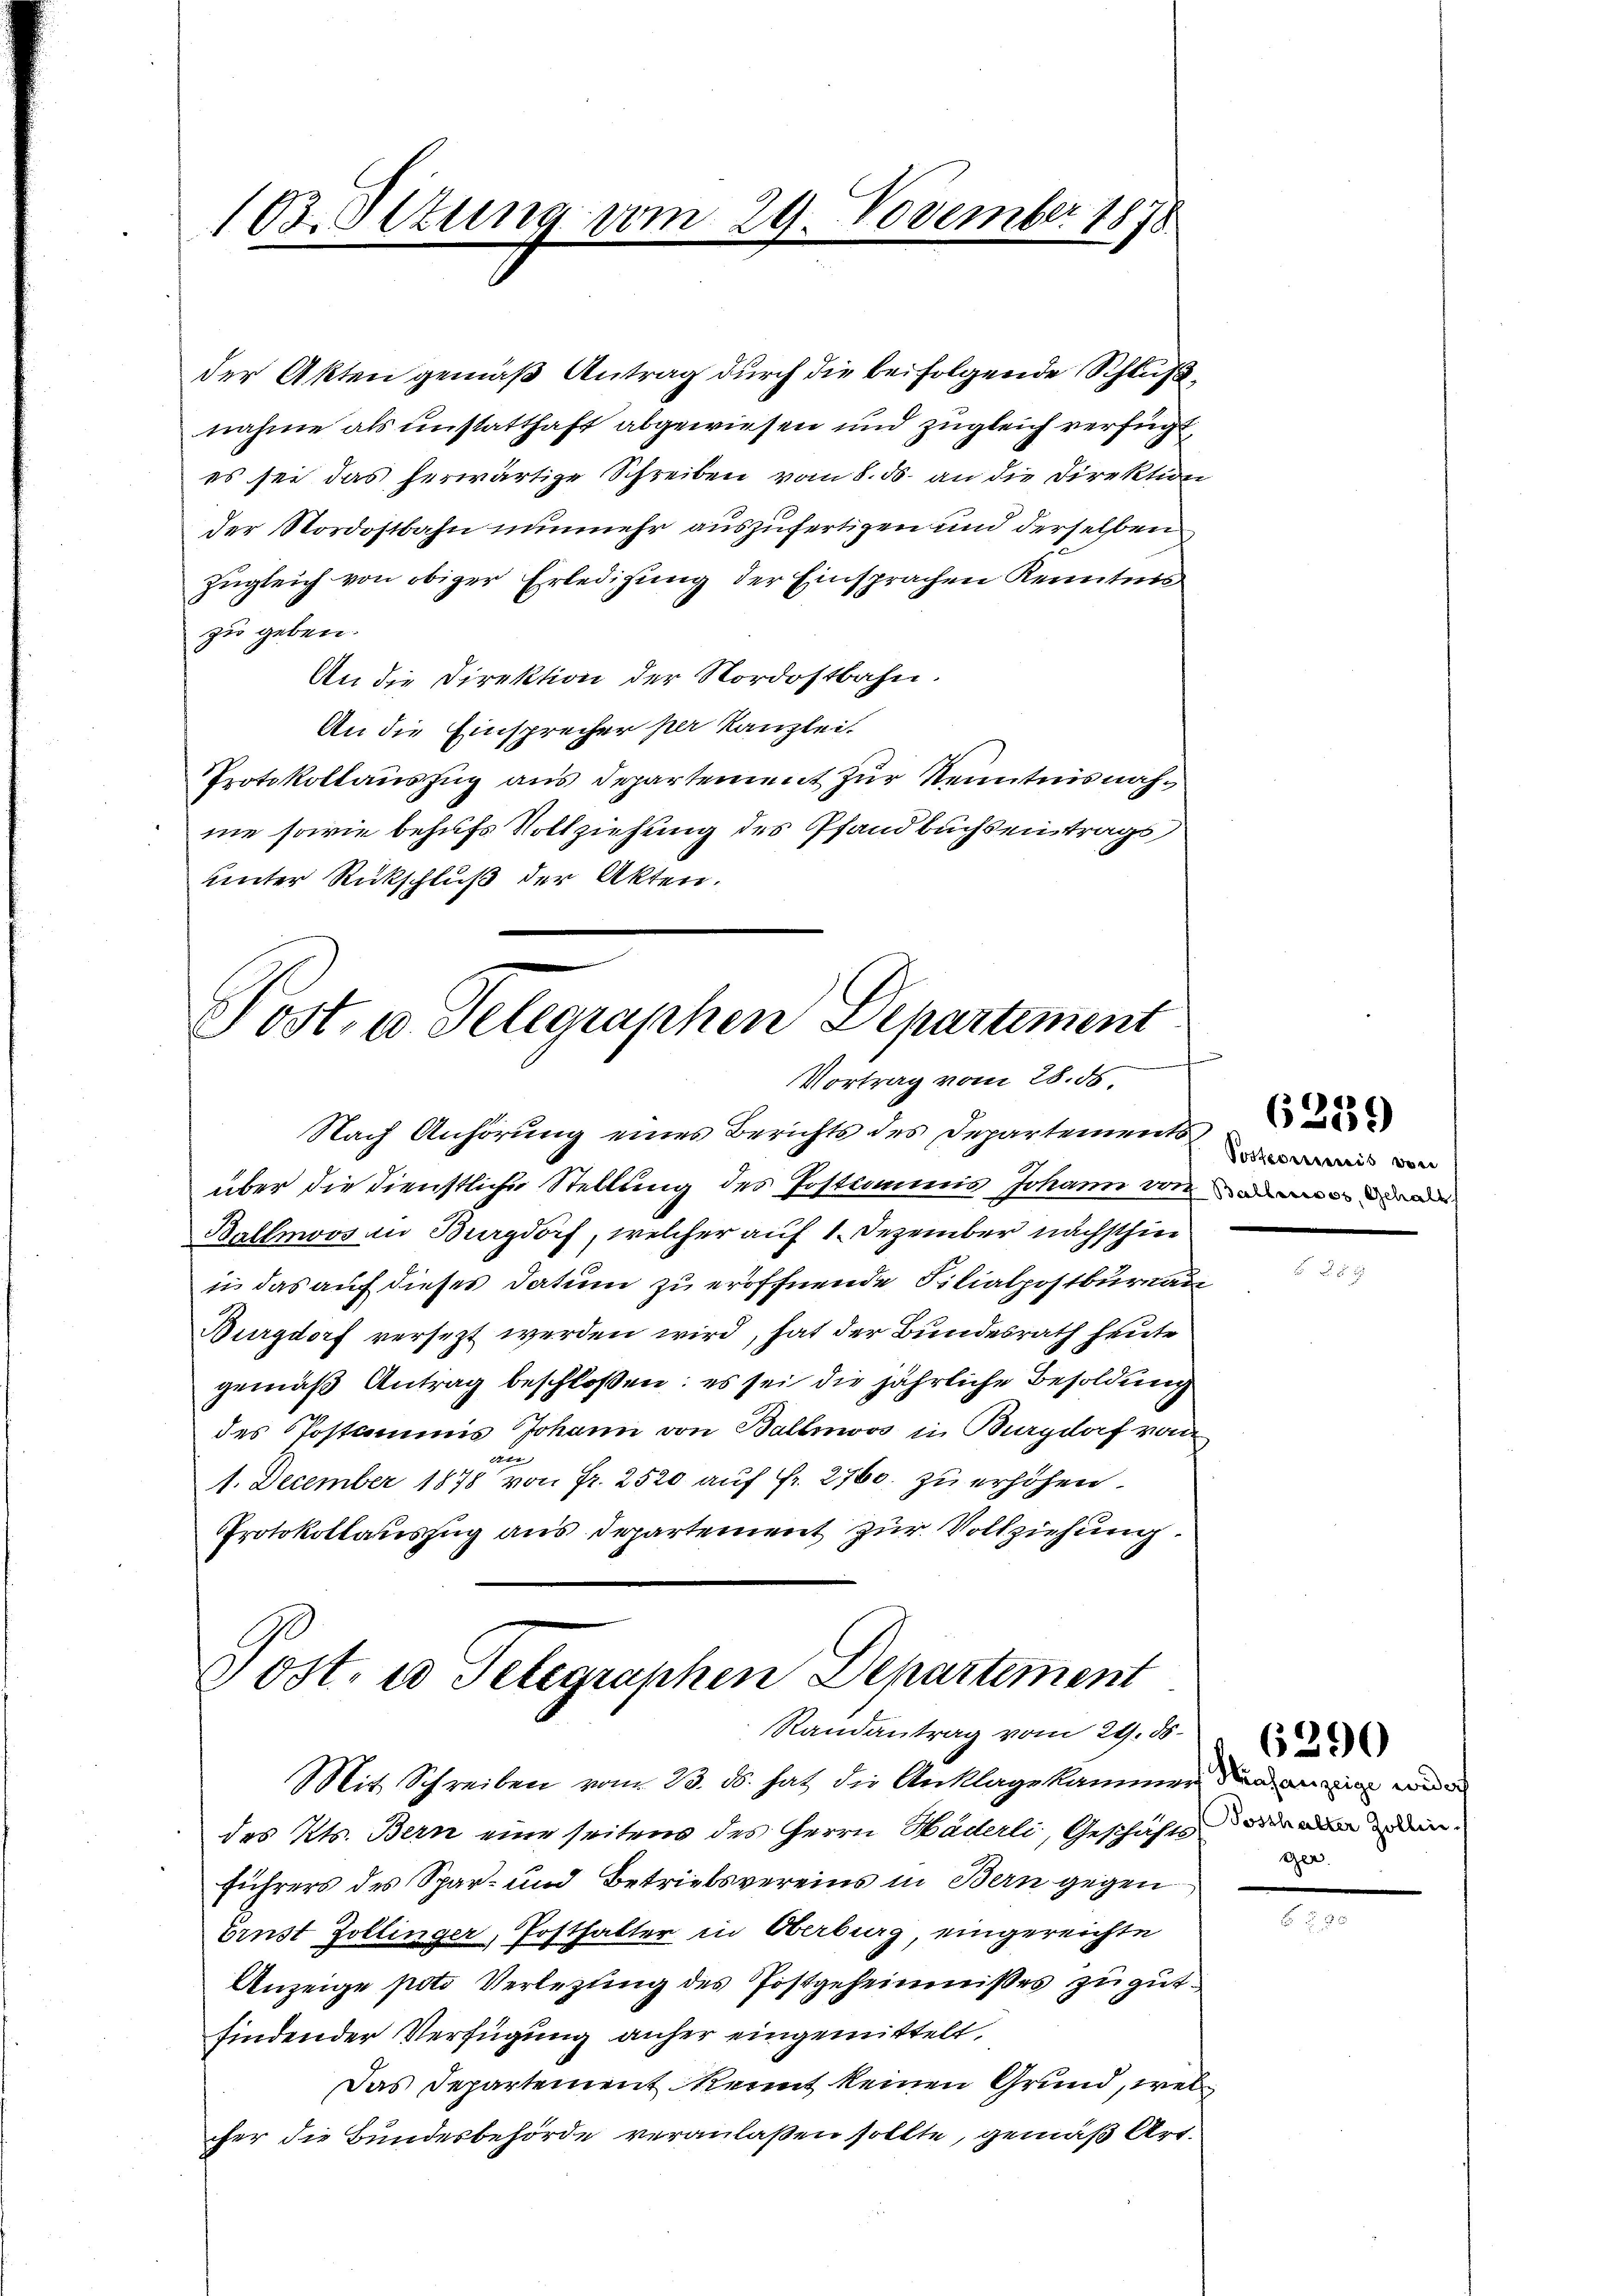
103. Ottung vom 29. November 1878

der Akten gemäß Antrag durch die beifolgende Schluß
nahme als unstatthaft abgewiesen und zugleich verfügt,
es sei das herwärtige Schreiben vom 8. ds. an die Direktion
der Nordostbahn nunmehr auszufertigen und derselben
zugleich von obiger Erledigung der Einsprachen Kenntnis
zu geben.
An die Direktion der Nordostbahn.
An die Einsprecher per Kanzlei.
Protokollauszug aus Departement zur Kenntnisnahne sowie behufs Vollziehung des Pfandbuchs eintrags
unter Rückschluß der Akten.

Post- u. Telegraphen Departement
Vortrag vom 28. 56.

Nach Anhörung eines Berichts des Departements
über die Dienstliche Stellung des Postkommis Johann von
Ballmoos in Burgdorf, welcher auf 1. Dezember nächsthin
in das auf dieses Datum zu eröffnende Filialpostburnau
Burgdorf versezt werden wird, hat der Bundesrath heute
gemäß Antrag beschloßen: es sei die jährliche Besoldung
des Postammis Johann von Ballewos in Burgdorf vom
u
1. December 1878 von Fr. 2520 auf Fr. 2760. zu erhöhen.
Protokollauszug aus Departement zur Vollziehung.

Jost, wo Telegraphen Departement
Randantrag vom 24. ds.
Mit Schreiben vom 23. ds. hat die Anklage kammer den an in wide

des Kts. Bern eine seitens des Herrn Häderli, Geschäfts der in ein
führers des Spar- und Betriebsvereins in Bern gegen
brust Zollinger, Posthalter in Oberbrug eingereichte
Anzeige poto Verletzung des Postgeheimises zu gut.
findender Verfügung anher eingemittelt.
Das Departement kennt keinen Grund, welcher die Bundesbehörde veranlaßen sollte, gemäß Art.

Postrorienis von

ger.

6290